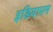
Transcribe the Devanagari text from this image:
इडियापम